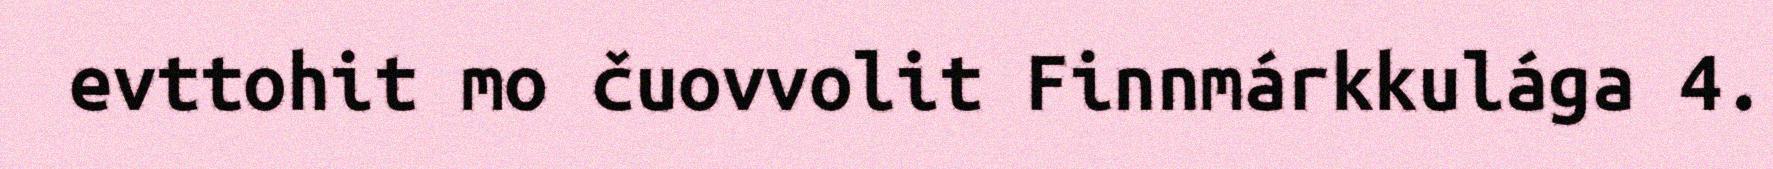
evttohit mo čuovvolit Finnmárkkulága 4.